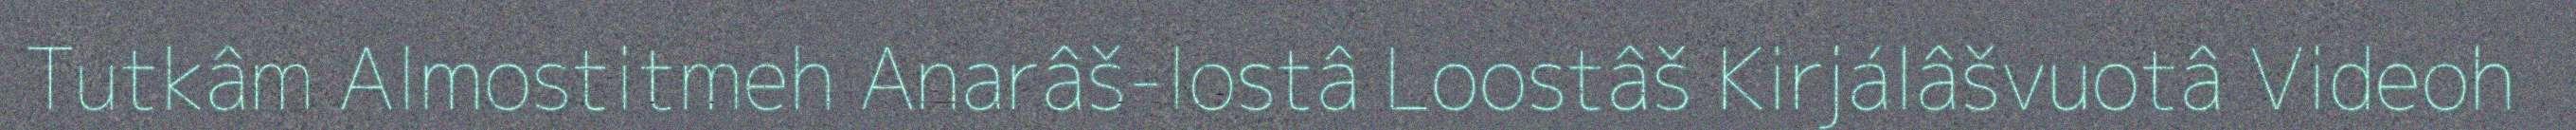
Tutkâm Almostitmeh Anarâš-lostâ Loostâš Kirjálâšvuotâ Videoh